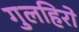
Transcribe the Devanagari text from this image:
गुलहिरो